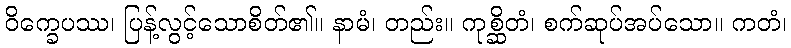
ဝိက္ခေပဿ၊ ပြန့်လွင့်သောစိတ်၏။ နာမံ၊ တည်း။ ကုစ္ဆိတံ၊ စက်ဆုပ်အပ်သော။ ကတံ၊